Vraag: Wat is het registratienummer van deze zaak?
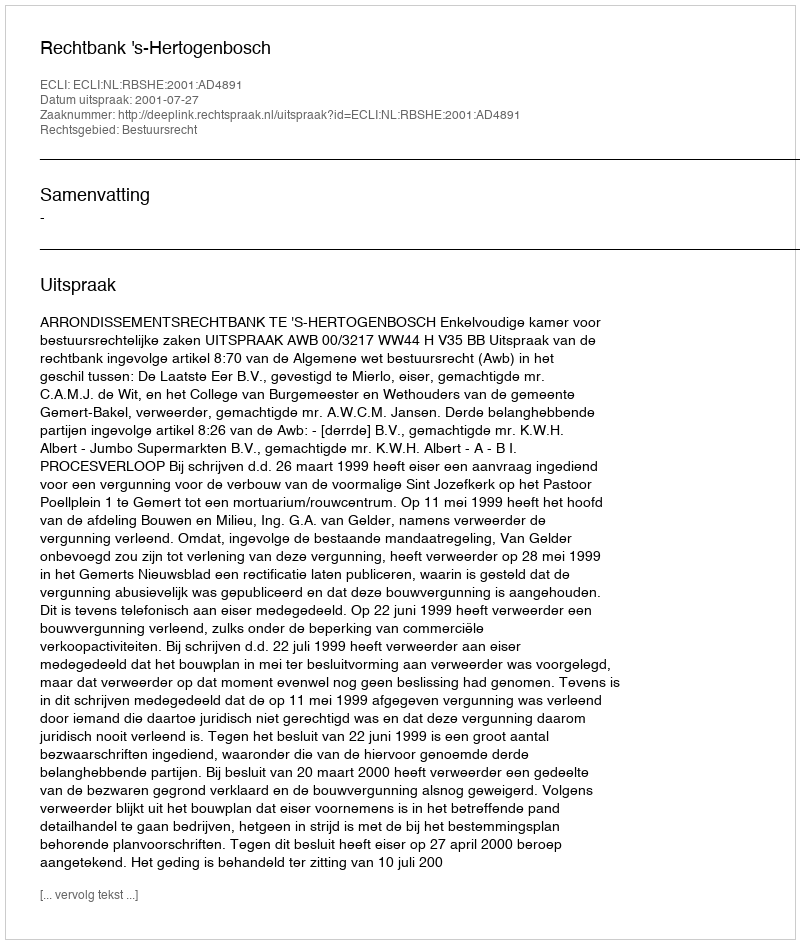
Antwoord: http://deeplink.rechtspraak.nl/uitspraak?id=ECLI:NL:RBSHE:2001:AD4891